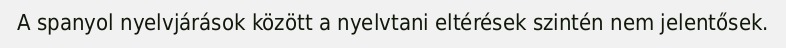
A spanyol nyelvjárások között a nyelvtani eltérések szintén nem jelentősek.